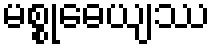
မစ္စုဓေယျဿ